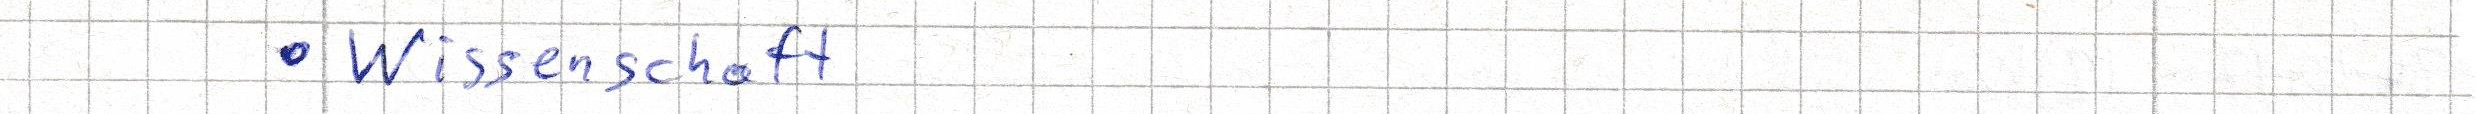
Wissenschaft